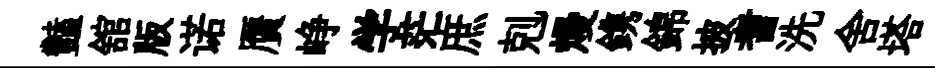
豔舘版诺贋峥学茫庶剋熳鎸錦披耆洗舍塔